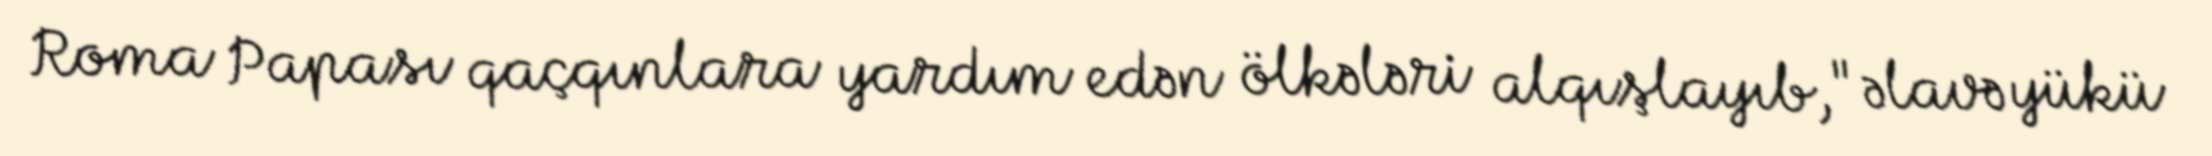
Roma Papası qaçqınlara yardım edən ölkələri alqışlayıb, "əlavə yükü